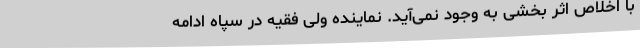
با اخلاص اثر بخشی به وجود نمی‌آید. نماینده ولی فقیه در سپاه ادامه